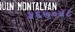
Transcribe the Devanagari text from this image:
५६७०५८